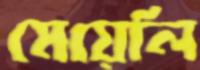
মেয়েলি